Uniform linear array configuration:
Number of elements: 48
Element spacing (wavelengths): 1
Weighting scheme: cosine
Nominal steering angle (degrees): -45
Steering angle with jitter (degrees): -44.635
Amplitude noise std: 0.05
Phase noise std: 0.05

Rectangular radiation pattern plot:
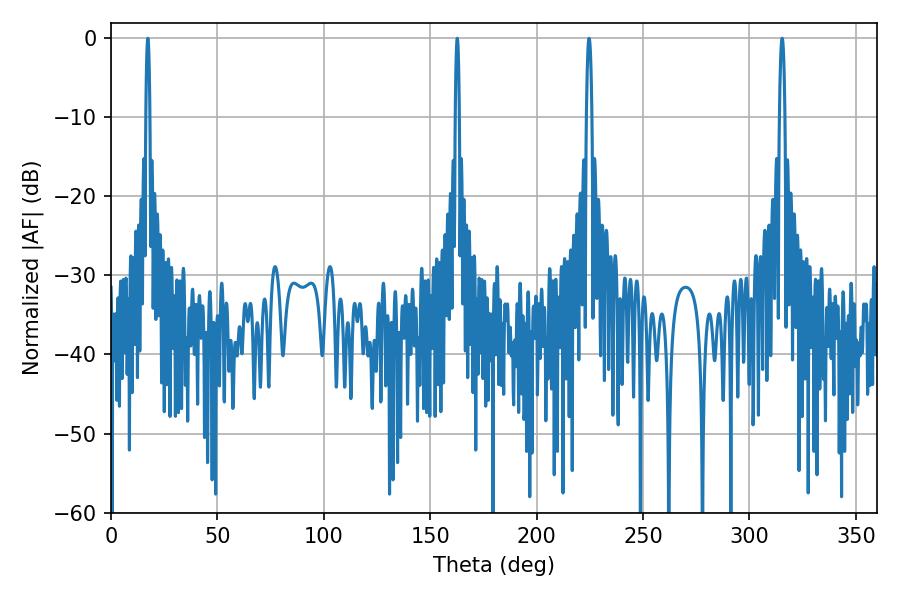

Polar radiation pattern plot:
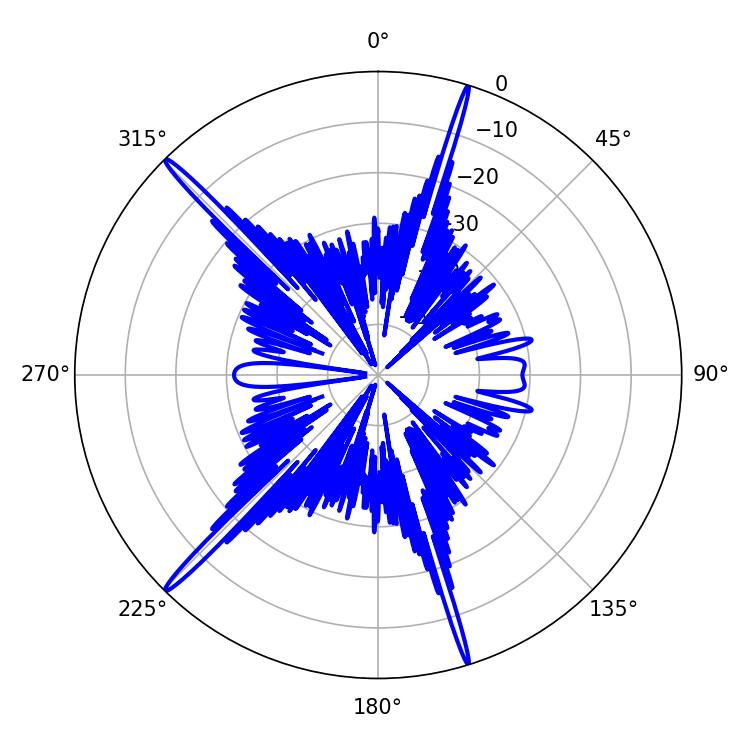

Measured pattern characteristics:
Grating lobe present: TRUE
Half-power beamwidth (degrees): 1.44
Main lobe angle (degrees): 315.36